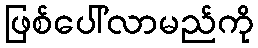
ဖြစ်ပေါ်လာမည်ကို